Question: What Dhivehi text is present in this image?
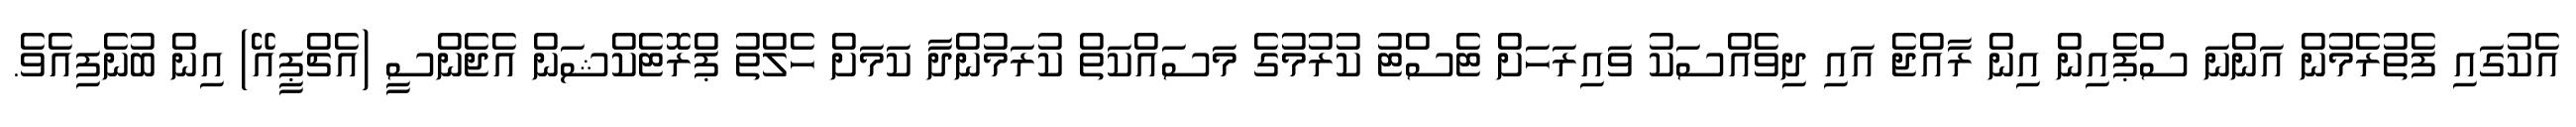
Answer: އެކުގައި ފެތުރެމުން އަންނަ ސްޕެއިން އިން ރާއްޖެ އައި ދިވެއްސަކު ވައިރަހަށް ޓެސްޓު ކުރުމުގެ މަސައްކަތް ކުރަމުންދާ ކަމަށް ހެލްތު ޕްރޮޓެކްޝަން އެޖެންސީ (އެޗްޕީއޭ) އިން ބުނެފިއެވެ.